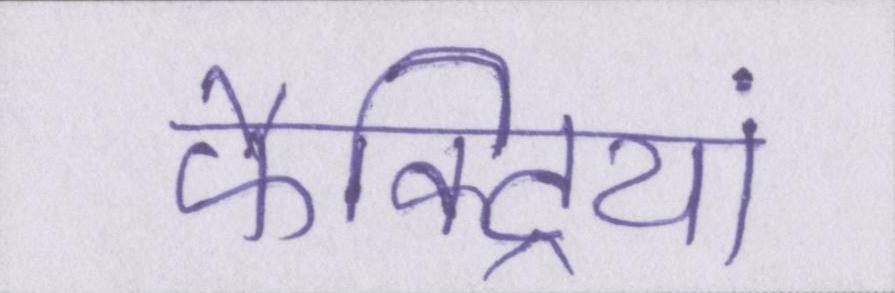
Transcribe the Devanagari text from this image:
फैक्ट्रियां